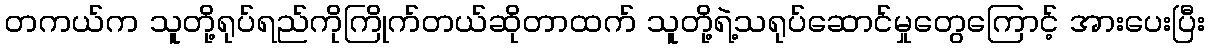
တကယ်က သူတို့ရုပ်ရည်ကိုကြိုက်တယ်ဆိုတာထက် သူတို့ရဲ့သရုပ်ဆောင်မှုတွေကြောင့် အားပေးပြီး